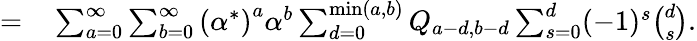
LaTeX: \begin{array}{rl}{=}&{{}\sum_{a=0}^{\infty}\sum_{b=0}^{\infty}\left({\alpha^{*}}\right)^{a}\alpha^{b}\sum_{d=0}^{\operatorname*{min}(a,b)}Q_{a-d,b-d}\sum_{s=0}^{d}(-1)^{s}{\binom{d}{s}}.}\end{array}